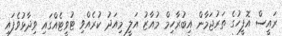
ރައީސް އޮފީހުގެ ތަރުޖަމާން އިބުރާހިމް މުއާޒު އަލީ މިއަދު ކުރެއްވި ޓުވީޓެއްގައި ވިދާޅުވެފައި